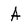
Character: A